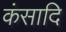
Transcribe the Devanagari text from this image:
कंसादि